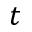
t